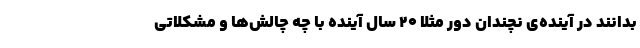
بدانند در آینده‌ی نچندان دور مثلا ۲۰ سال آینده با چه چالش‌ها و مشکلاتی